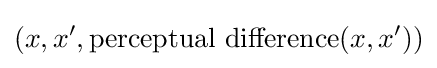
(x,x',\operatorname {perceptual~difference} (x,x'))